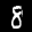
Label: 8